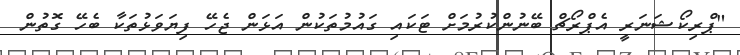
"ޕްރިކޯޝަނަރީ އެޕްރޯޗް ބޭނުންކުރުމަށް ޓަކައި ގައުމުތަކުން އަޅަން ޖެހޭ ފިޔަވަޅުތަކާ ބެހޭ ގޮތުން